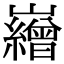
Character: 𡾽